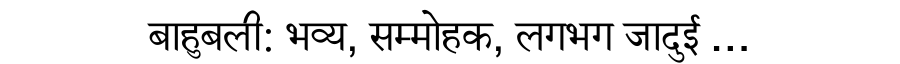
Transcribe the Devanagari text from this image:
बाहुबली: भव्य, सम्मोहक, लगभग जादुई …